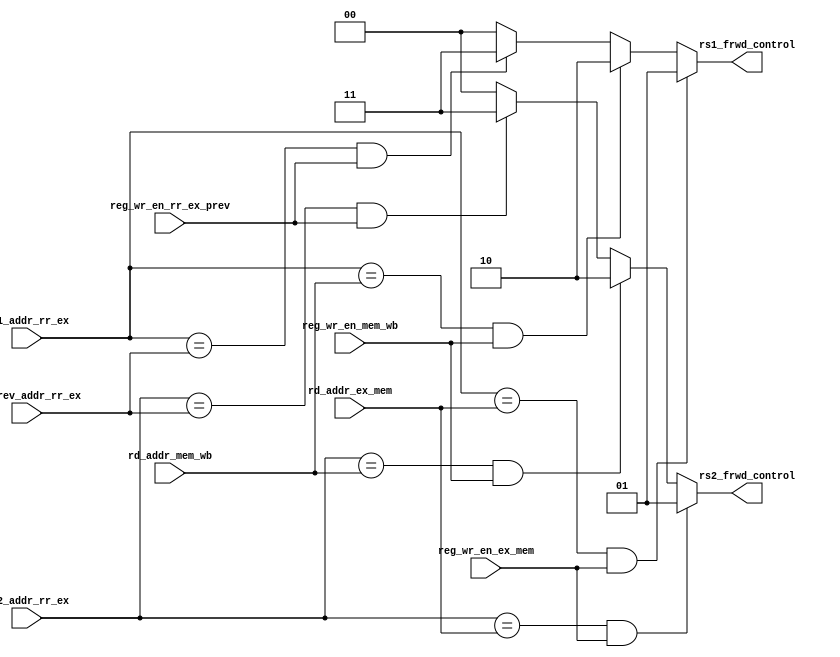
/* rs1_frwd_control rs2_frwd_control -- forwards directly from decode_stage -- 00
										forwards from start of mem -- 01
										forwards  from start of wb -- 10
										forwards the data of 3 cycles apart using rd_prev_addr_rr_ex -- 11
*/

//rs1_addr_rr_ex, rs2_addr_rr_ex - address from rr_ex pipeline to alu
//rd_addr_ex_mem - rd address in ex_mem pipeline - for immediate dependency
//rd_addr_mem_wb - rd address in mem_wb pipeline - for two cycle apart dependency
//rd_prev_addr_rr_ex - rd address for 3 cycles apart dependency

module forwarding_control_unit ( rs1_addr_rr_ex, rs2_addr_rr_ex, rd_addr_ex_mem, rd_addr_mem_wb, rd_prev_addr_rr_ex,reg_wr_en_ex_mem, 
								 reg_wr_en_mem_wb, reg_wr_en_rr_ex_prev, rs1_frwd_control, rs2_frwd_control);
								 
	input [2:0] rs1_addr_rr_ex, rs2_addr_rr_ex, rd_addr_ex_mem, rd_addr_mem_wb, rd_prev_addr_rr_ex ;
	input reg_wr_en_ex_mem, reg_wr_en_mem_wb, reg_wr_en_rr_ex_prev;	
	output reg [1:0] rs1_frwd_control, rs2_frwd_control;
								 
	always @(*) begin	 
	 rs1_frwd_control = 2'b00;
	 rs2_frwd_control = 2'b00;
	
	// rs1 control	  
	  if ( (rs1_addr_rr_ex == rd_addr_ex_mem) && (reg_wr_en_ex_mem == 1 ) )  
	      rs1_frwd_control = 2'b01;
	  else if ((rs1_addr_rr_ex == rd_addr_mem_wb) && (reg_wr_en_mem_wb == 1 ) )
	      rs1_frwd_control = 2'b10;
	  else if ((rs1_addr_rr_ex == rd_prev_addr_rr_ex) && (reg_wr_en_rr_ex_prev == 1 ) ) 
	      rs1_frwd_control = 2'b11;
		  
	// rs2 control 
	  if ( (rs2_addr_rr_ex == rd_addr_ex_mem) && (reg_wr_en_ex_mem == 1 ) )  
	      rs2_frwd_control = 2'b01;
	  else if ((rs2_addr_rr_ex == rd_addr_mem_wb) && (reg_wr_en_mem_wb == 1 ) )
	      rs2_frwd_control = 2'b10;
	  else if ((rs2_addr_rr_ex == rd_prev_addr_rr_ex) && (reg_wr_en_rr_ex_prev == 1 ) ) 
	      rs2_frwd_control = 2'b11;				
	end
endmodule